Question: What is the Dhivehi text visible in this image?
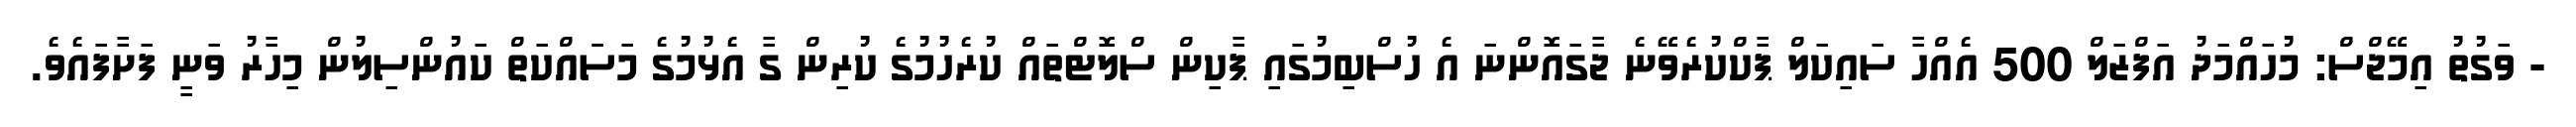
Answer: - ވަގުތު އިމޭޖްސް: މުހައްމަދު އަފްޒަލް 500 އެއްހާ ސައިކަލް ޕާކްކުރެވޭނެ ޖާގައޮންނަ އެ ހުސްބިމުގައި ޕާކިން ސްލޮޓްތައް ކުރެހުމުގެ ކުރިން ގާ އެޅުމުގެ މަސަައްކަތް ކައުންސިލުން މިހާރު ވަނީ ފަށާފައެވެ.